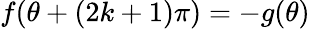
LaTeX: f(\theta+(2k+1)\pi)=-g(\theta)